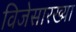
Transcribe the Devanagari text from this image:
विजेसारख्या